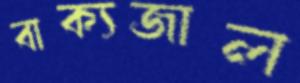
বাক্যজাল